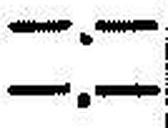
—.—